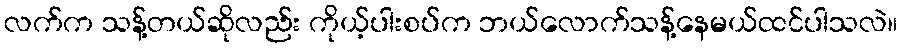
လက်က သန့်တယ်ဆိုလည်း ကိုယ့်ပါးစပ်က ဘယ်လောက်သန့်နေမယ်ထင်ပါသလဲ။